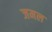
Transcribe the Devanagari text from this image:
जमल